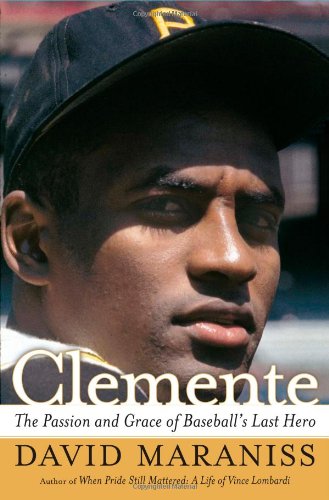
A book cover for Clemente: The Passion and Grace of Baseball's Last Hero; David Maraniss; Biographies & Memoirs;